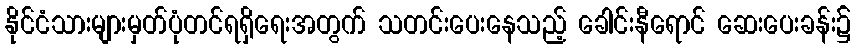
နိုင်ငံသားများမှတ်ပုံတင်ရရှိရေးအတွက် သတင်းပေးနေသည့် ခေါင်းနီရောင် ဆေးပေးခန်း၌